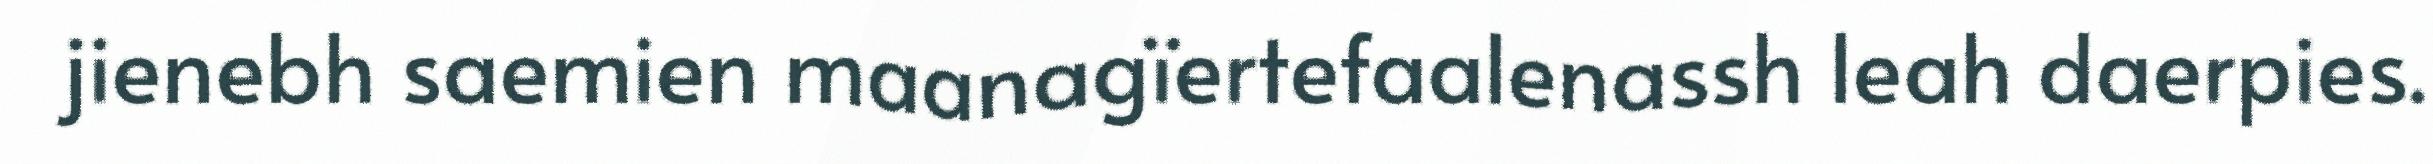
jienebh saemien maanagïertefaalenassh leah daerpies.